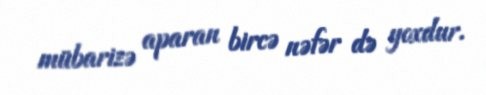
mübarizə aparan bircə nəfər də yoxdur.